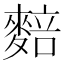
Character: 䴺